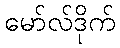
မော်လ်ဒိုက်